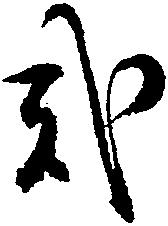
弐